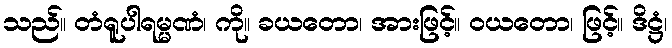
သည်။ တံရူပါရမ္မဏံ၊ ကို။ ခယတော၊ အားဖြင့်။ ဝယတော၊ ဖြင့်။ ဒိဋ္ဌံ၊